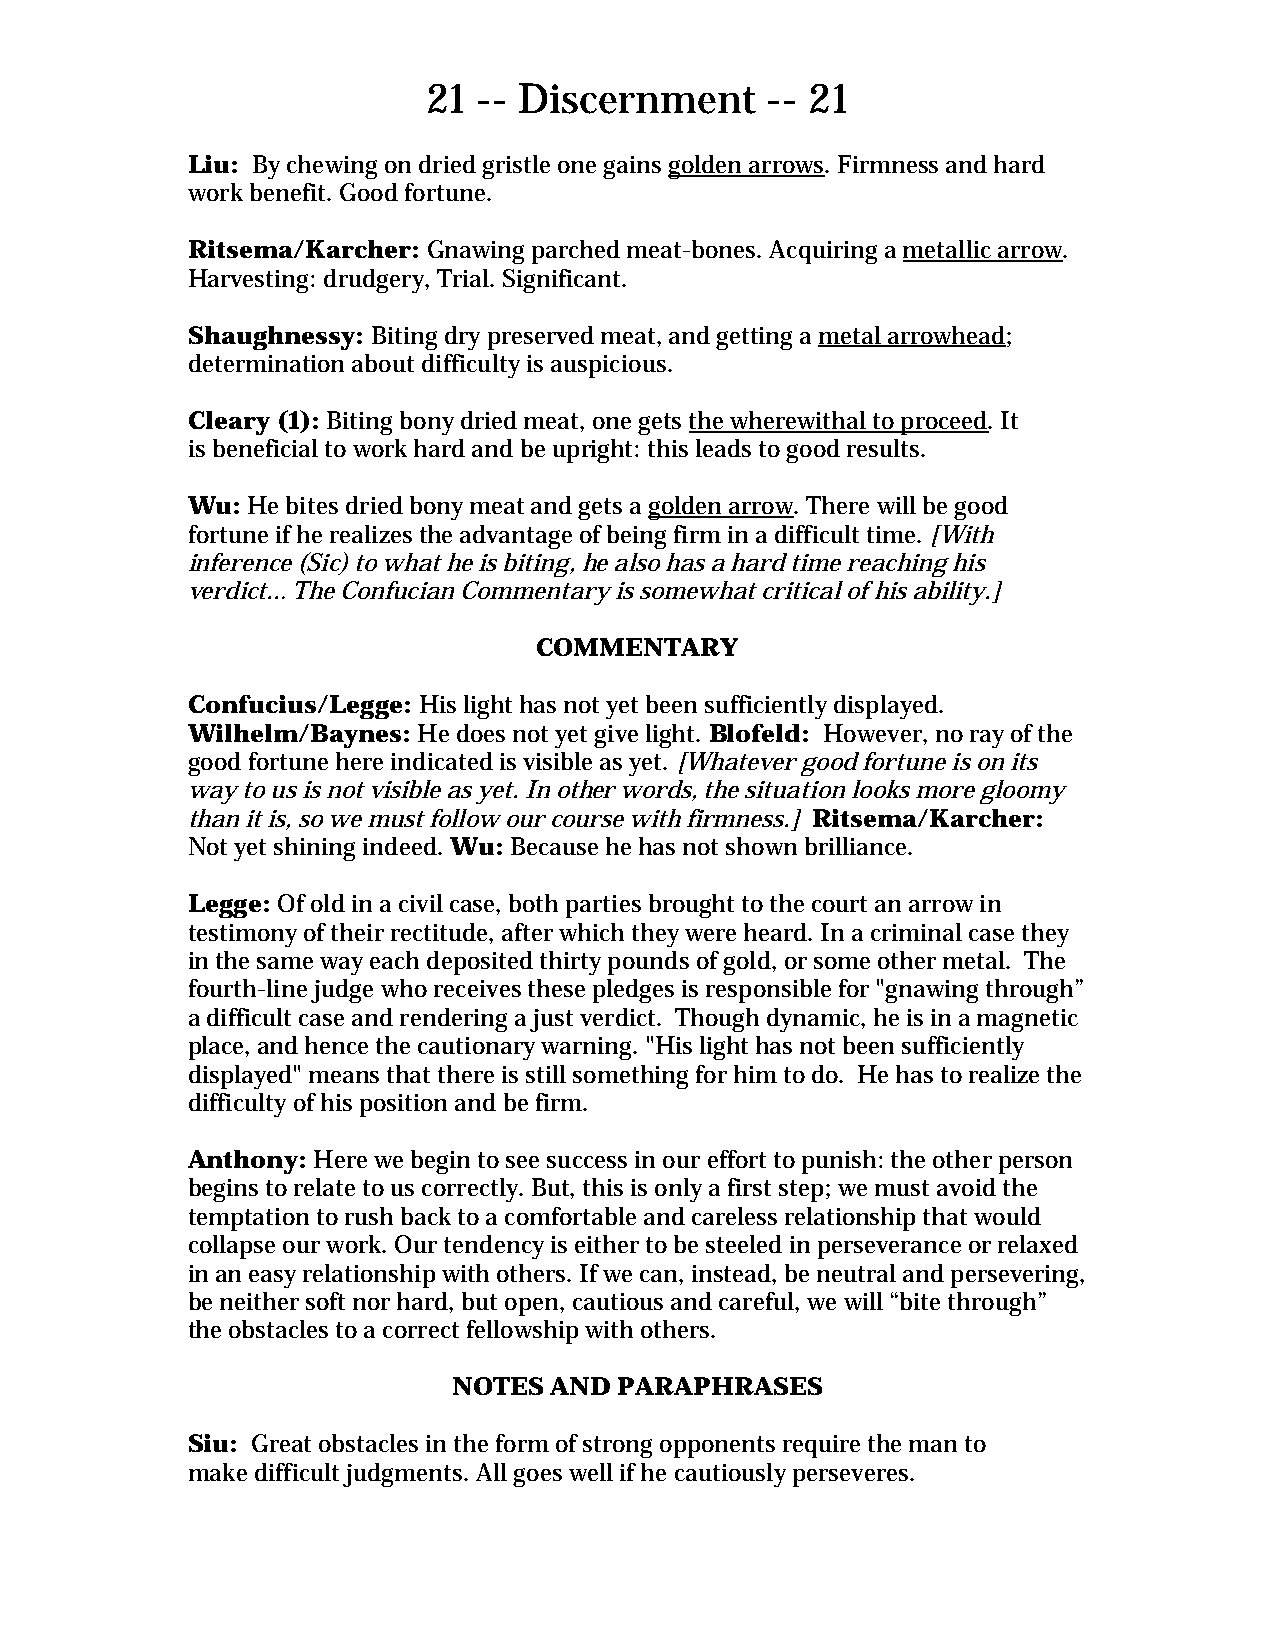
21  -- Discernment     -- 21
 Liu: By chewing on dried gristle one gains golden arrows. Firmness and hard
 work benefit. Good fortune.
 Ritsema/Karcher: Gnawing parched meat-bones. Acquiring a metallic arrow.
 Harvesting: drudgery, Trial. Significant.
 Shaughnessy: Biting dry preserved meat, and getting a metal arrowhead;
 determination about difficulty is auspicious.
 Cleary (1): Biting bony dried meat, one gets the wherewithal to proceed. It
 is beneficial to work hard and be upright: this leads to good results.
 Wu: He bites dried bony meat and gets a golden arrow. There will be good
 fortune if he realizes the advantage of being firm in a difficult time. [With
 inference (Sic) to what he is biting, he also has a hard time reaching his
 verdict… The Confucian Commentary is somewhat critical of his ability.]
 COMMENTARY
 Confucius/Legge: His light has not yet been sufficiently displayed.
 Wilhelm/Baynes: He does not yet give light. Blofeld: However, no ray of the
 good fortune here indicated is visible as yet. [Whatever good fortune is on its
 way to us is not visible as yet. In other words, the situation looks more gloomy
 than it is, so we must follow our course with firmness.] Ritsema/Karcher:
 Not yet shining indeed. Wu: Because he has not shown brilliance.
 Legge: Of old in a civil case, both parties brought to the court an arrow in
 testimony of their rectitude, after which they were heard. In a criminal case they
 in the same way each deposited thirty pounds of gold, or some other metal. The
 fourth-line judge who receives these pledges is responsible for "gnawing through”
 a difficult case and rendering a just verdict. Though dynamic, he is in a magnetic
 place, and hence the cautionary warning. "His light has not been sufficiently
 displayed" means that there is still something for him to do. He has to realize the
 difficulty of his position and be firm.
 Anthony: Here we begin to see success in our effort to punish: the other person
 begins to relate to us correctly. But, this is only a first step; we must avoid the
 temptation to rush back to a comfortable and careless relationship that would
 collapse our work. Our tendency is either to be steeled in perseverance or relaxed
 in an easy relationship with others. If we can, instead, be neutral and persevering,
 be neither soft nor hard, but open, cautious and careful, we will “bite through”
 the obstacles to a correct fellowship with others.
 NOTES AND  PARAPHRASES
 Siu: Great obstacles in the form of strong opponents require the man to
 make difficult judgments. All goes well if he cautiously perseveres.